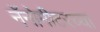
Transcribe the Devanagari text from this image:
नॅनोमीटरच्या